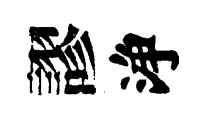
謬浄